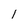
Character: 1